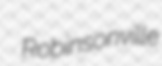
Robinsonville